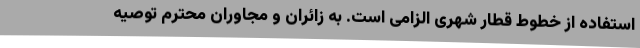
استفاده از خطوط قطار شهری الزامی است. به زائران و مجاوران محترم توصیه